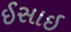
ઈસાઇ